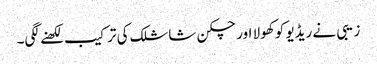
زیبی نے ریڈیو کو کھولا اور چکن شاشلک کی ترکیب لکھنے لگی۔